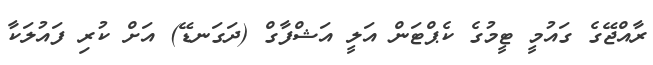
ރާއްޖޭގެ ގައުމީ ޓީމުގެ ކެޕްޓަން އަލީ އަޝްފާގް (ދަގަނޑޭ) އަށް ކުރި ފައުލަކާ